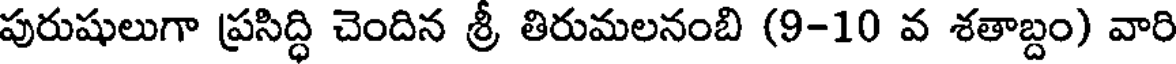
పురుషులుగా ప్రసిద్ధి చెందిన శ్రీ తిరుమలనంబి (9-10 వ శతాబ్దం) వారి